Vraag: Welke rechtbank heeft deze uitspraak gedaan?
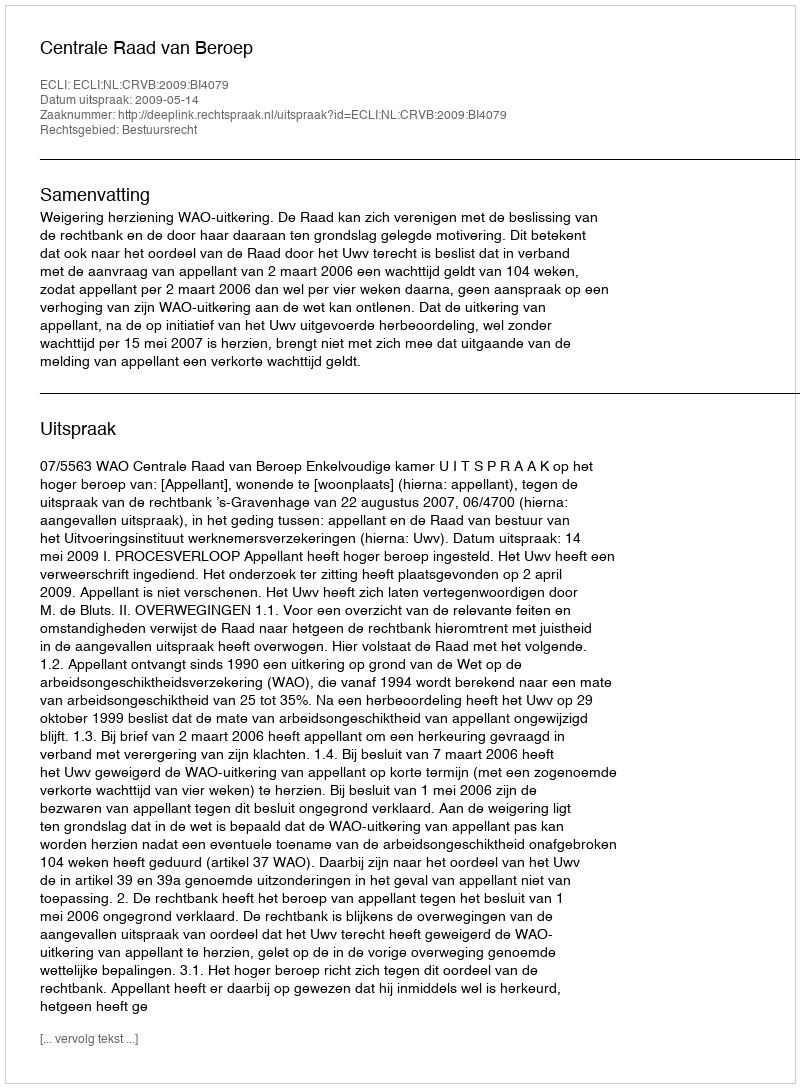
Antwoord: Centrale Raad van Beroep